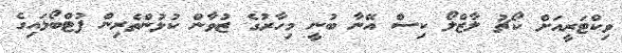
ވިކްޓަރީއަށް ކޯޗު ލާޒްލޯ ކިސް އޭނާ ބުނީ މިހާރުގެ ޒުވާން ކުޅުންތެރިން ފުޓްބޯޅައިގެ